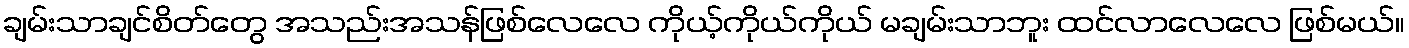
ချမ်းသာချင်စိတ်တွေ အသည်းအသန်ဖြစ်လေလေ ကိုယ့်ကိုယ်ကိုယ် မချမ်းသာဘူး ထင်လာလေလေ ဖြစ်မယ်။